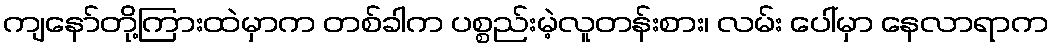
ကျနော်တို့ကြားထဲမှာက တစ်ခါက ပစ္စည်းမဲ့လူတန်းစား၊ လမ်း ပေါ်မှာ နေလာရာက